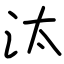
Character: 汰